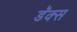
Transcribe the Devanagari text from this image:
डॅक्स